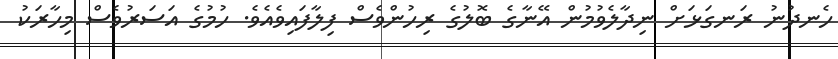
ހެނދުނު ރަނގަޅަށް ނިދާލެވުމުން އޭނާގެ ބޮލުގެ ރިހުންވެސް ފިލާފައިވެއެވެ. ހުމުގެ އަސަރުވެސް މިހާރަކު